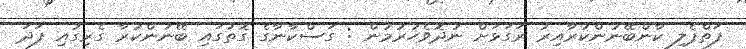
ފަތްޕެލި ކާންބޭނުންކުރާއިރު ރަގަޅަށް ނުދޮވެހުރުމުން : ގަސްކާނާގެ ގޮތުގައި ބޭނުންކުރާ ގެރިގުއި ފަދަ